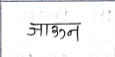
मजकूर: जाऊन